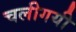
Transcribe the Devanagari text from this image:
चलीगयी